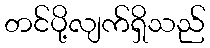
တင်ပို့လျက်ရှိသည်